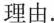
理由。